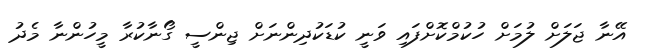
އޭނާ ޖަލަށް ލުމަށް ހުކުމްކޮށްފައި ވަނީ ކުޑަކުދިންނަށް ޖިންސީ ގޯނާކުރާ މީހުންނާ މެދު